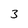
Character: 3